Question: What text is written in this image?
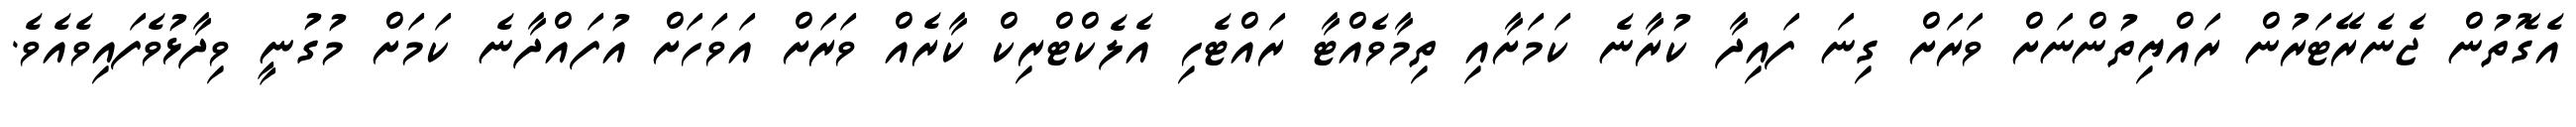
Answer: އެގޮތުން ޖެނެރޭޓަރުން ރައްޔިތުންނަށް ވަރަށް ގިނަ ފައިދާ ކުރާނެ ކަމަށާއި ތިމާވެއްޓާ ރައްޓެހި އެލެކްޓްރިކް ކާރެއް ވަރަށް އަވަހަށް އުފައްދާނެ ކަމަށް މުގުނީ ވިދާޅުވެފައިވެއެވެ.